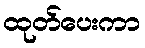
ထုတ်ပေးကာ